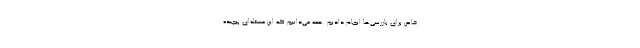
خاص برای بازرسی‌ها انجام دادیم. همه می‌دانیم که این مسئله‌ای پیچیده